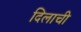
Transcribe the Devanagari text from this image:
दिलाची